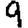
Digit: 9